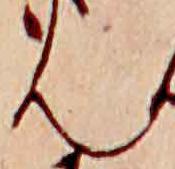
ん